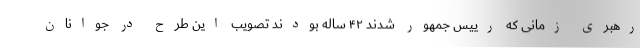
رهبری زمانی که رییس جمهور شدند ۴۲ ساله بودند تصویب این طرح در جوانان